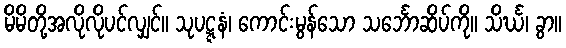
မိမိတို့အလိုလိုပင်လျှင်။ သုပဋ္ဋနံ၊ ကောင်းမွန်သော သင်္ဘောဆိပ်ကို။ သိင်္ဃ၊ ခွာ။